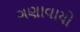
ગણાવાયો